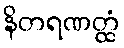
နိတရဏတ္ထံ